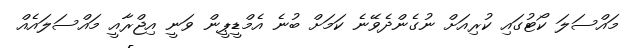
މައްސަލަ ކޯޓުގައި ކުރިއަށް ނުގެންދެވޭނެ ކަމަށް ބުނެ އެމްޑީޕީން ވަނީ އިޖްރާއީ މައްސަލައެއް